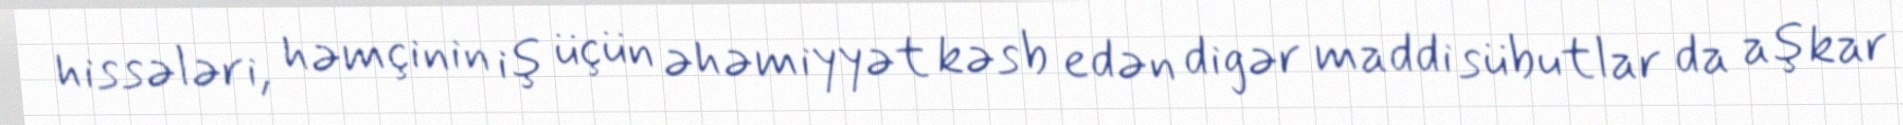
hissələri, həmçinin iş üçün əhəmiyyət kəsb edən digər maddi sübutlar da aşkar